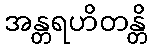
အန္တရဟိတန္တိ